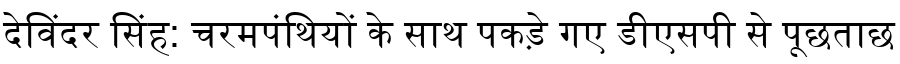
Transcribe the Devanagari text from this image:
देविंदर सिंह: चरमपंथियों के साथ पकड़े गए डीएसपी से पूछताछ